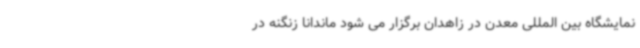
نمایشگاه بین المللی معدن در زاهدان برگزار می شود ماندانا زنگنه در